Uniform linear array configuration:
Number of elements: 4
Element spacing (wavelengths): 1
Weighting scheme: uniform
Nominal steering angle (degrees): -45
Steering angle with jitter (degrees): -45.344
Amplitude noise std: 0.05
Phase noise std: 0.05

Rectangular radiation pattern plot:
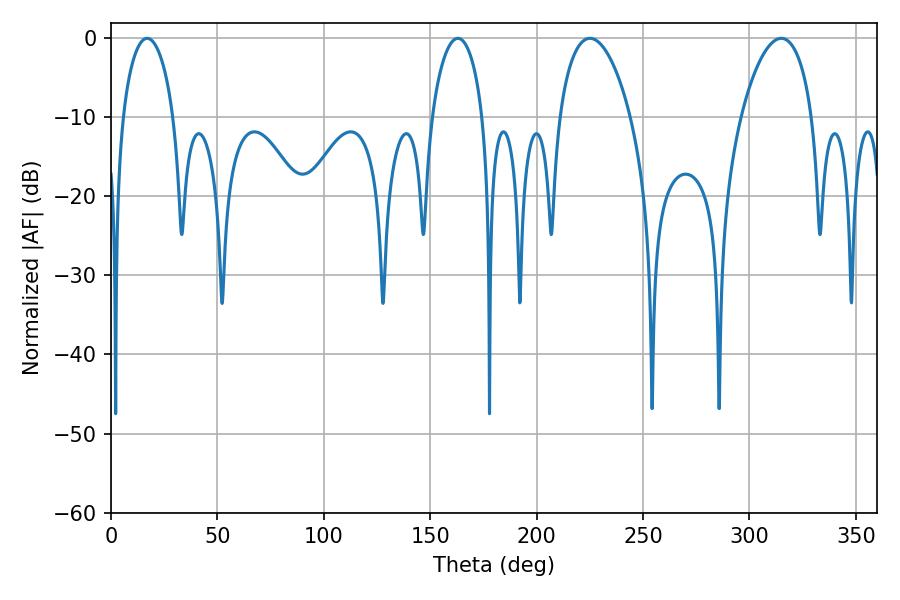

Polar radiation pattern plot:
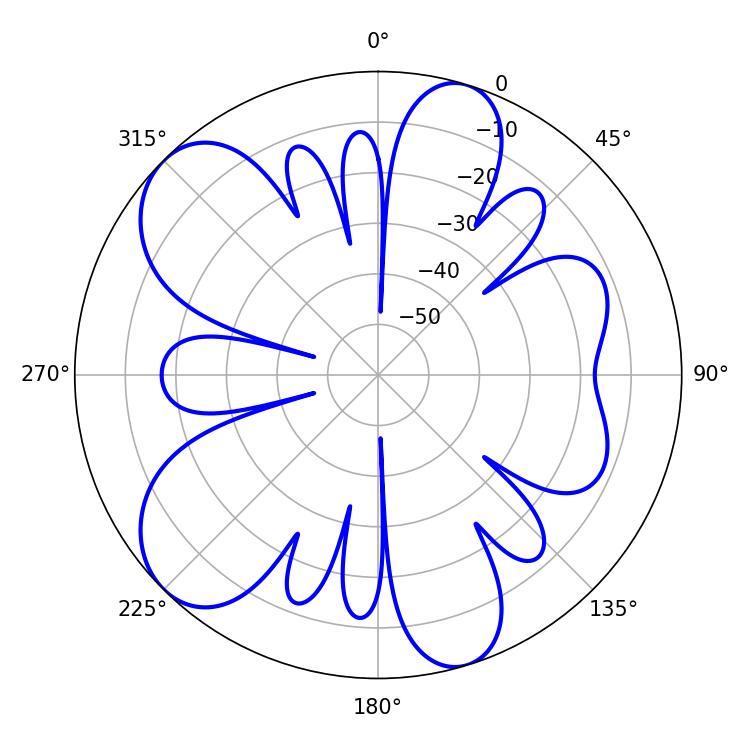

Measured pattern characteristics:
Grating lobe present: TRUE
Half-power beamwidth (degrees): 18.9
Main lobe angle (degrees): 225